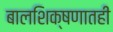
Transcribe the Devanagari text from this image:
बालशिक्षणातही